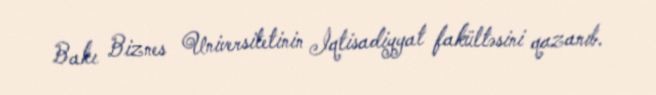
Bakı Biznes Universitetinin İqtisadiyyat fakültəsini qazanıb.